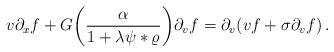
LaTeX: \begin{align*}v \partial_x f + G\bigg(\frac{\alpha}{1+\lambda\psi*\varrho}\bigg) \partial_v f = \partial_v(vf+\sigma\partial_v f )\,.\end{align*}